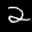
Label: 2